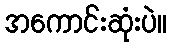
အကောင်းဆုံးပဲ။